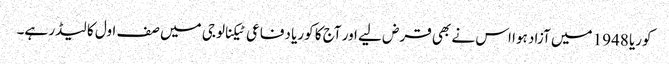
کوریا 1948 میں آزاد ہوا اس نے بھی قرض لیے اور آج کا کوریا دفاعی ٹیکنالوجی میں صف اول کا لیڈر ہے۔